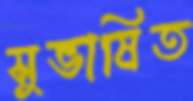
সুভাষিত